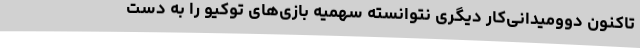
تاکنون دوومیدانی‌کار دیگری نتوانسته سهمیه بازی‌های توکیو را به دست